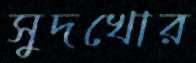
সুদখোর